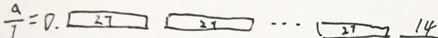
\frac { a } { 7 } = 0 . \boxed { 2 7 } \boxed { 2 7 } \cdots \boxed { 2 7 } 1 4